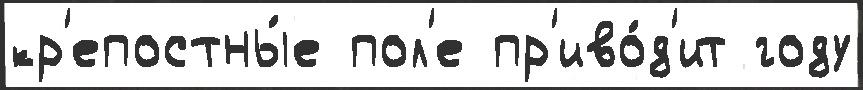
кр'епостны́е пол'е пр'иво́д'ит году